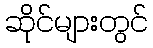
ဆိုင်များတွင်